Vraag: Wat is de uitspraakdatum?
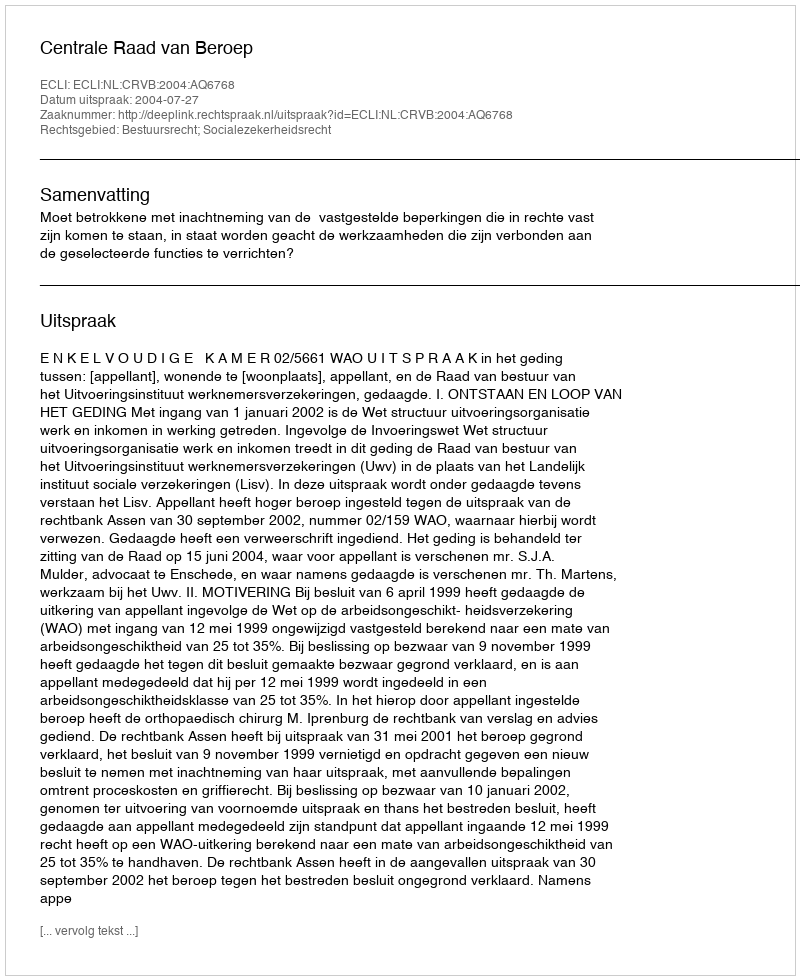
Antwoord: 2004-07-27